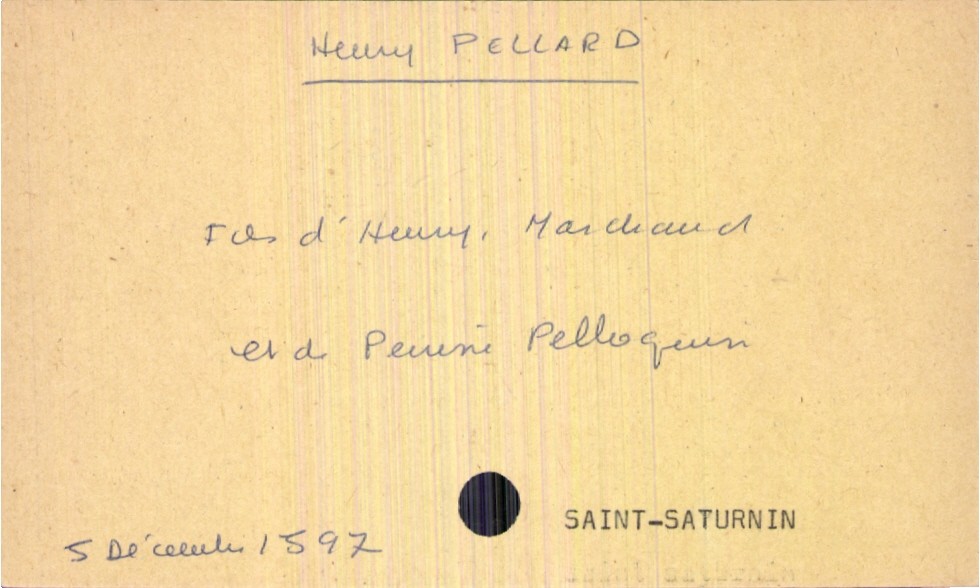
type_acte: Baptême
filiation: fils
enfant_prénom: Henry
enfant_date_de_naissance: 5 décembre 1897
enfant_lieu_de_naissance: Saint Saturnin
père_enfant_nom: Pellard
père_enfant_prénom: Henry
père_enfant_profession: marchand
mère_enfant_nom: Pelloquin
mère_enfant_prénom: Perrine